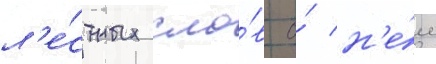
л'е́стных сло́в о́ н'е́м